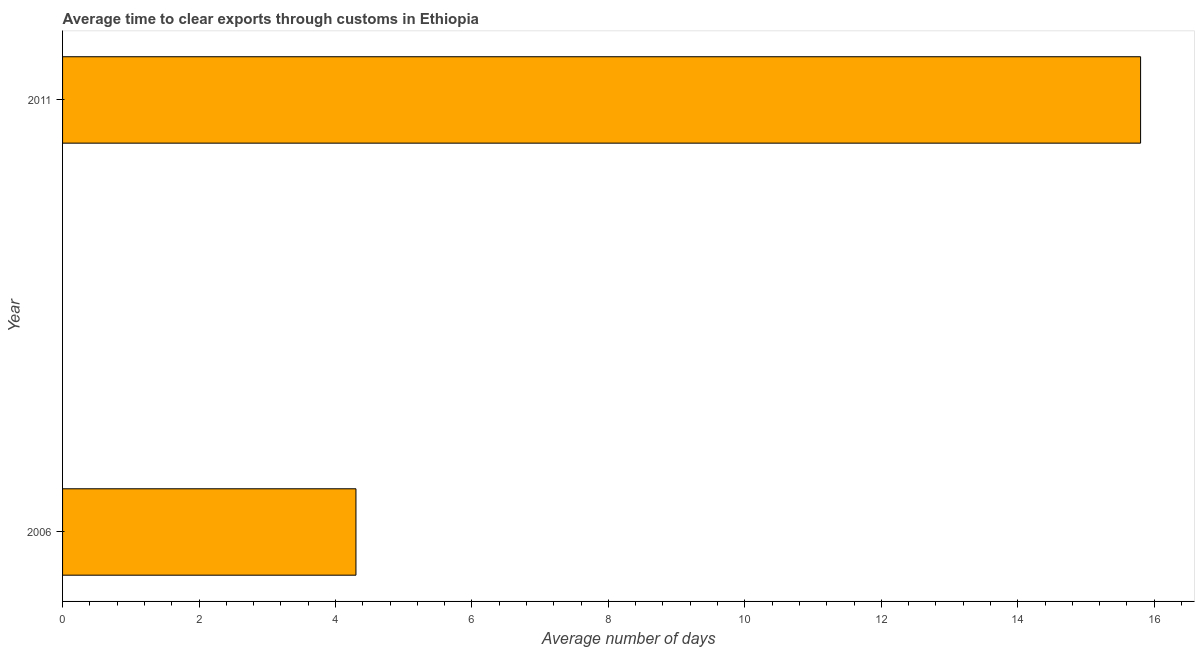
| Year | Time to clear exports through customs |
 | --- | --- |
 | 2006 | 4.3 |
 | 2011 | 15.8 |